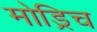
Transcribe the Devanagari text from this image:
मोड्रिच